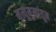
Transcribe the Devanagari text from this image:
मृत्यूमुखांतून